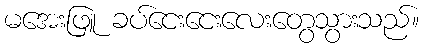
မအေးဖြူ ခပ်ငေးငေးလေးတွေသွားသည်။